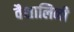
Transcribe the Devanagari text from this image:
वैशालिनी